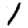
Digit: 1